Report on horse surra - Volume I
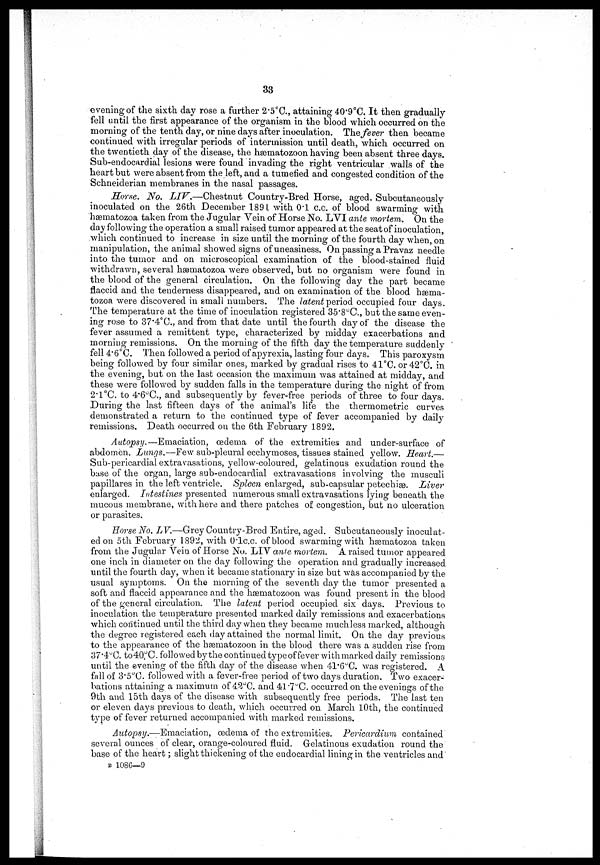
33
evening of the sixth day rose a further 2.5°C., attaining 40.9°C. It then gradually
fell until the first appearance of the organism in the blood which occurred on the
morning of the tenth day, or nine days after inoculation. The fever then became
continued with irregular periods of intermission until death, which occurred on
the twentieth day of the disease, the hæmatozoon having been absent three days.
Sub-endocardial lesions were found invading the right ventricular walls of the
heart but were absent from the left, and a tumefied and congested condition of the
Schneiderian membranes in the nasal passages.
Horse. No. LIV.—Chestnut Country-Bred Horse, aged. Subcutaneously
inoculated on the 26th December 1891 with 0.1 c.c. of blood swarming with
hæmatozoa taken from the Jugular Vein of Horse No. LVI ante mortem. On the
day following the operation a small raised tumor appeared at the seat of inoculation,
which continued to increase in size until the morning of the fourth day when, on
manipulation, the animal showed signs of uneasiness. On passing a Pravaz needle
into the tumor and on microscopical examination of the blood-stained fluid
withdrawn, several hæmatozoa were observed, but no organism were found in
the blood of the general circulation. On the following day the part became
flaccid and the tenderness disappeared, and on examination of the blood hæma-
tozoa were discovered in small numbers. The latent period occupied four days.
The temperature at the time of inoculation registered 35.8˚C., but the same even
ing rose to 37.4°C., and from that date until the fourth day of the disease the
fever assumed a remittent type, characterized by midday exacerbations and
morning remissions. On the morning of the fifth day the temperature suddenly
fell 4.6°C. Then followed a period of apyrexia, lasting four days. This paroxysm
being followed by four similar ones, marked by gradual rises to 41°C. or42°C. in
the evening, but on the last occasion the maximum was attained at midday, and
these were followed by sudden falls in the temperature during the night of from
2.1°C. to 4.6°C., and subsequently by fever-free periods of three to four days.
During the last fifteen clays of the animal's life the thermometric curves
demonstrated a return to the continued type of fever accompanied by daily
remissions. Death occurred on the 6th February 1892.
Autopsy.—Emaciation, oedema of the extremities and under-surface of
abdomen. Lungs.—Few sub-pleural ecchymoses, tissues stained yellow. Heart.—
Sub-pericardial extravasations, yellow-coloured, gelatinous exudation, round the
base of the organ, large sub-endocardial extravasations involving the musculi
papillares in the left ventricle. Spleen enlarged, sub-capsular petechias. Liver
enlarged. Intestines presented numerous small extravasations lying beneath the
mucous membrane, with here and there patches of congestion, but no ulceration
or parasites.
Horse No. LV.—Grey Country-Bred Entire, aged. Subcutaneously inoculat
ed on 5th February 1892, with 0.1c.c. of blood swarming with hæmatozoa taken
from the Jugular Vein of Horse No. LIV ante mortem. A raised tumor appeared
one inch in diameter on the day following the operation and gradually increased
until the fourth day, when it became stationary in size but was accompanied by the
usual symptoms. On the morning of the seventh day the tumor presented a
soft and flaccid appearance and the hæmatozoon was found present in the blood
of the general circulation. The latent period occupied six days. Previous to
inoculation the temperature presented marked daily remissions and exacerbations
which continued until the third day when they became much less marked, although
the degree registered each day attained the normal limit. On the day previous
to the appearance of the hæmatozoon in the blood there was a sudden rise from
37.4°C. to40°C. followed by the continued type of fever with marked daily remissions
until the evening of the fifth day of the disease when 41.6°C. was registered. A
fall of 3.5 0 C. followed with a fever-free period of two days duration. Two exacer-
bations attaining a maximum of 42°C. and 41.7°C. occurred on the evenings of the
9th and 15th clays of the disease with subsequently free periods. The last ten
or eleven days previous to death, which occurred on March 10th, the continued
type of fever returned accompanied with marked remissions.
Autopsy.—Emaciation, œdema of the extremities. Pericardium contained
several ounces of clear, orange-coloured fluid. Gelatinous exudation round the
base of the heart ; slight thickening of the endocardial lining in the ventricles and
B 1086—9